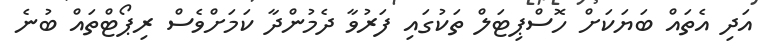
އަދި އެތައް ބަޔަކަށް ހޮސްޕިޓަލް ތަކުގައި ފަރުވާ ދެމުންދާ ކަމަށްވެސް ރިޕޯޓްތައް ބުނެ